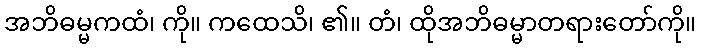
အဘိဓမ္မကထံ၊ ကို။ ကထေသိ၊ ၏။ တံ၊ ထိုအဘိဓမ္မာတရားတော်ကို။